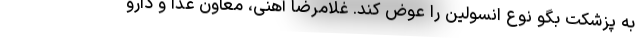
به پزشکت بگو نوع انسولین را عوض کند. غلامرضا آهنی، معاون غذا و دارو